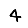
Digit: 4